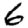
Digit: 6